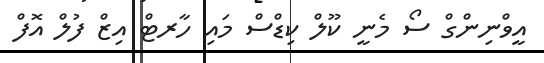
އީވްނިންގް ސޯ މެނީ ކޫލް ކިޑްސް މައި ހާރޓް އިޒް ފުލް އޮފް